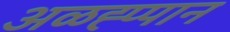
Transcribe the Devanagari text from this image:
अळह्प्पान